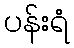
ပန်းရံ